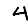
Digit: 4